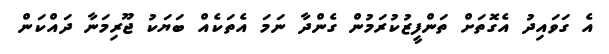
އެ ގަވައިދު އެގޮތަށް ތަންފީޒުކުރަމުން ގެންދާ ނަމަ އެތަކެއް ބަޔަކު ޖޫރިމަނާ ދައްކަން